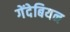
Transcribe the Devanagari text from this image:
गेंदेबियन